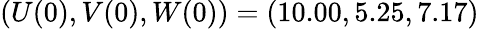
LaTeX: (U(0),V(0),W(0))=(10.00,5.25,7.17)